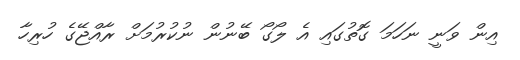
އިން ވަނީ ނަހަމަ ގޮތުގައި އެ ލޯގޯ ބޭނުން ނުކުރުމަށް ރާއްޖޭގެ ހުރިހާ